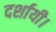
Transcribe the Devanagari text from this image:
दर्शायी।